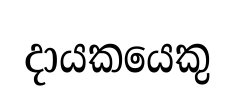
දායකයෙකු